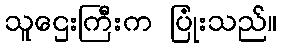
သူဌေးကြီးက ပြုံးသည်။